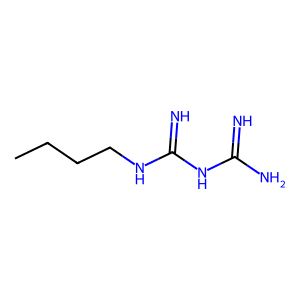
SMILES: CCCCNC(=N)NC(=N)N
Inhibits HIV replication: No